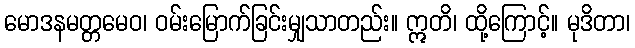
မောဒနမတ္တမေဝ၊ ဝမ်းမြောက်ခြင်းမျှသာတည်း။ ဣတိ၊ ထို့ကြောင့်။ မုဒိတာ၊